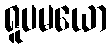
ရူပမယော